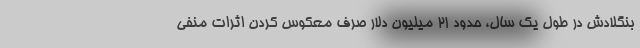
بنگلادش در طول یک سال، حدود 21 میلیون دلار صرف معکوس کردن اثرات منفی